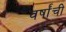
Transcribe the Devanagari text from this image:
वर्षांंची